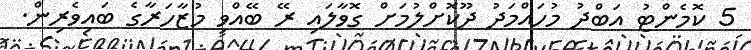
5 ކޮމެންޓު އަބްދު މުހައްމަދު ދޫކޮށްލުމަށް ގޮވާލައި ރޭ ބޭއްވި މުޒާހަރާގެ ބައިވެރިން.